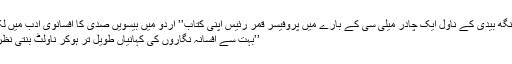
راجندر سنگھ بیدی کے ناول ایک چادر میلی سی کے بارے میں پروفیسر قمر رئیس اپنی کتاب’’ اردو میں بیسویں صدی کا افسانوی ادب میں لکھتے ہیں
’’بہت سے افسانہ نگاروں کی کہانیاں طویل تر ہوکر ناولٹ بنتی نظرآتی ہیں ۔